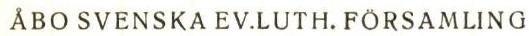
ÅBO SVENSKA EV.LUTH. FÖRSAMLING